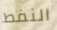
النفط